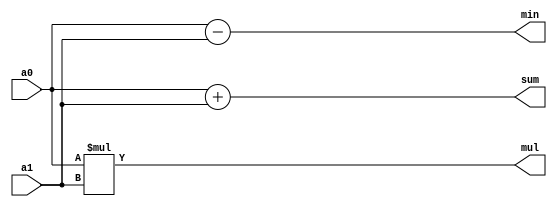
/***********************************************
Module Name:   Arithmetic_No_Div
Feature:       Arithmetic Operators without divide for 8 bits input
Coder:         Garfield
Organization:  XXXX Group, Department of Architecture
------------------------------------------------------
Input ports:   a0, a1, 8 bits, operent
Output Ports:  sum, 8 bits, sum
               min, 8 bits, minus
               mul, 8 bits, multiply
               div, 8 bits, divide
               mod, 8 bit, modulo
               pow, 8 bits, power
------------------------------------------------------
History:
12-01-2015: First Version by Garfield
***********************************************/

module arithmetic_no_div
  ( 
    input[7:0] a0, a1,
    output[7:0] sum, 
    output[7:0] min, 
    output[7:0] mul 
    //,output[7:0] div 
    //output[7:0] mod
    //output[7:0]  pow
  );
  
//Load other module(s)

//Definition for Variables in the module

//Logical
assign sum = a0 + a1;
assign min = a0 - a1;
assign mul = a0 * a1;
//assign div = a0 / a1;
//assign mod = a0 % a1;
//assign pow = a0 ** a1;

endmodule